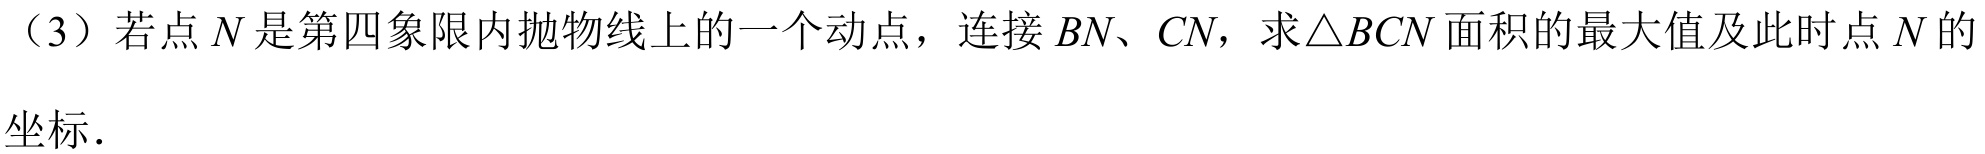
（3）若点\(N\)是第四象限内抛物线上的一个动点，连接\(BN、CN\)，求\(\triangle BCN\)面积的最大值及此时点\(N\)的
坐标.